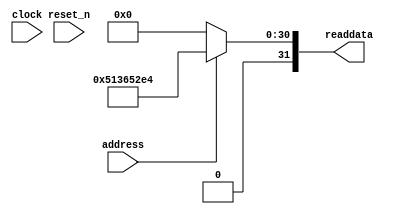
module sysid (
                address,
                clock,
                reset_n,
                readdata
             )
;
  output  [ 31: 0] readdata;
  input            address;
  input            clock;
  input            reset_n;
  wire    [ 31: 0] readdata;
  assign readdata = address ? 1362514660 : 0;
endmodule